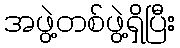
အဖွဲ့တစ်ဖွဲ့ရှိပြီး